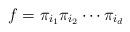
LaTeX: \begin{align*} f = \pi_{i_1}\pi_{i_2}\cdots \pi_{i_d}\end{align*}